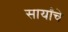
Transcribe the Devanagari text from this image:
सार्यांचे